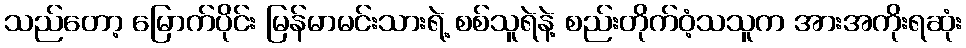
သည်တော့ မြောက်ပိုင်း မြန်မာမင်းသားရဲ့ စစ်သူရဲနဲ့ စည်းတိုက်ဝံ့သသူက အားအကိုးရဆုံး